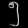
Digit: ၅